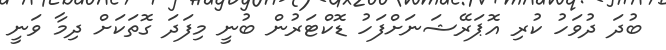
ބުދަ ދުވަހު ކުރި އޮޕަރޭޝަނަށްފަހު ޑޮކްޓަރުން ބުނީ މިފަދަ ގޮތަކަށް ދިމާ ވަނީ